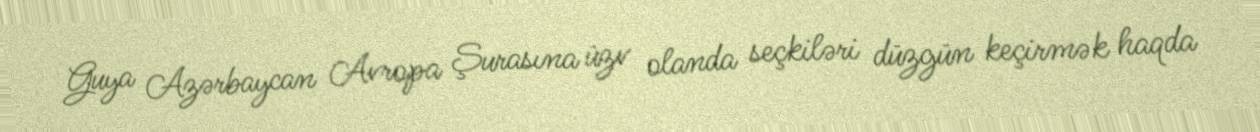
Guya Azərbaycan Avropa Şurasına üzv olanda seçkiləri düzgün keçirmək haqda